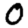
Digit: 0